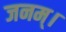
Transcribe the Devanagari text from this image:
जनम्।